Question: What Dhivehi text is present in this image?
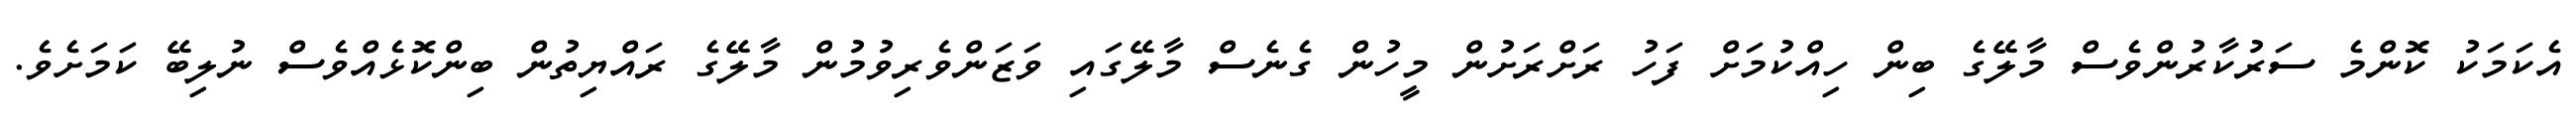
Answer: އެކަމަކު ކޮންމެ ސަރުކާރުންވެސް މާލޭގެ ބިން ހިއްކުމަށް ފަހު ރަށްރަށުން މީހުން ގެނެސް މާލޭގައި ވަޒަންވެރިވުމުން މާލޭގެ ރައްޔިތުން ބިންކޮޅެއްވެސް ނުލިބޭ ކަމަށެވެ.